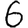
Digit: 6